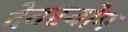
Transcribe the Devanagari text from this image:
देवस्‍वोम